Vaccination in Bombay 1902-1912 - 1902-1912
Year: 1902
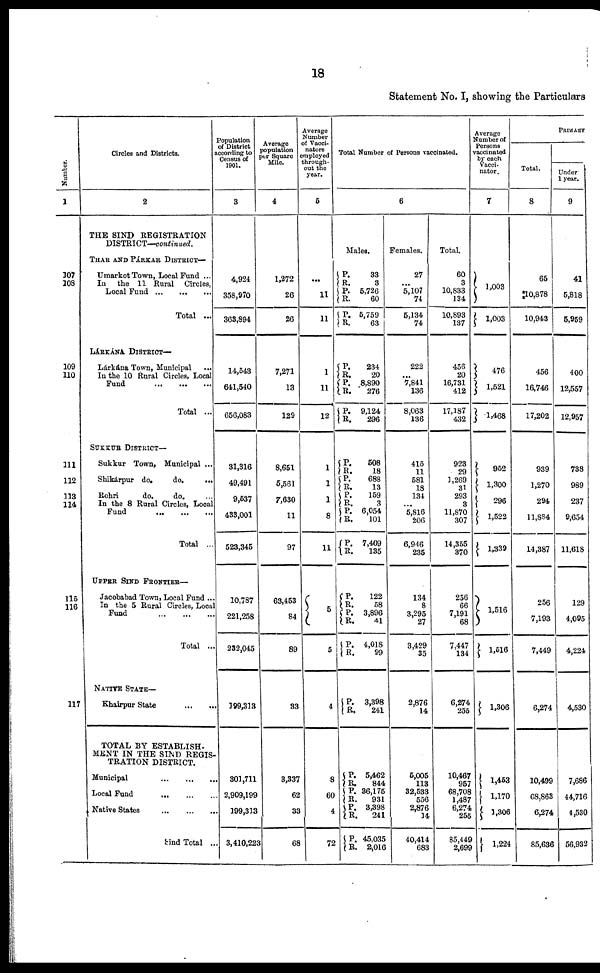
18
Statement No. I, showing the Particulars
Number.
1
107
108
109
110
111
112
113
114
115
116
117
Circles and Districts.
2
THE SIND REGISTRATION
DISTRICT—continued.
THAR AND PÁRKAR DISTRICT—
Umarkot Town, Local Fund ...
In the 11 Rural Circles,
Local Fund ... ... ...
Total ...
LÁRKÁNA DISTRICT—
Lárkána Town, Municipal
...
In the 10 Rural Circles, Local
Fund ... ... ...
Total ...
SUKKUR DISTRICT—
Sukkur Town, Municipal ...
Shikárpur Town, Municipal ...
Rohri
do.
do.
...
In the 8 Rural Circles, Local
Fund ... ... ...
Total ...
UPPER SIND FRONTIER—
Jacobabad Town, Local Fund ...
In the 5 Rural Circles, Local
Fund ... ... ...
Total ...
NATIVE STATE—
Khairpur State
...
...
TOTAL BY ESTABLISH-
MENT IN THE SIND REGIS-
TRATION DISTRICT.
Municipal
...
...
...
Local Fund
...
...
...
Native States
...
...
...
Sind Total ...
Population
of District
according to
Census of
1901.
3
4,924
358,970
363,894
14,543
641,540
656,083
31,316
49,491
9,537
433,001
523,345
10,787
221,258
232,045
199,313
301,711
2,909,199
199,313
3,410,223
Average
population
per Square
Mile.
4
1,272
26
26
7,271
13
129
8,651
5,561
7,630
11
97
63,453
84
89
33
3,337
62
33
68
Average
Number
of Vacci-
nators
employed
through-
out the
year.
5
...
11
11
1
11
12
1
1
1
8
11
5
5
4
8
60
4
72
Total Number of Persons vaccinated.
6
Males.
P.
R.
P.
R.
P.
R.
P.
R.
P.
R.
P.
R.
P.
R.
P.
R.
P.
R.
P.
R.
P.
R.
P.
R.
P.
R.
P.
R.
P.
R.
P.
R.
P.
R.
P.
R.
P.
R.
33
3
5,726
60
5,759
63
234
20
8,890
276
9,124
296
508
18
688
13
159
3
6,054
101
7,409
135
122
58
3,896
41
4,018
99
3,398
241
5,462
844
36,175
931
3,398
241
45,035
2,016
Females.
27
...
5,107
74
5,134
74
222
...
7,841
136
8,063
136
415
11
581
18
134
...
5,816
206
6,946
235
134
8
3,295
27
3,429
35
2,876
14
5,005
113
32,533
556
2,876
14
40,414
683
Total.
60
3
10,833
134
10,893
137
456
20
16,731
412
17,187
432
923
29
1,269
31
293
3
11,870
307
14,355
370
256
66
7,191
68
7,447
134
6,274
255
10,467
957
68,708
1,487
6,274
255
85,449
2,699
Average
Number of
Persons
vaccinated
by each
Vacci-
nator.
7
1,003
1,003
476
1,521
1,468
952
1,300
296
1,522
1,339
1,516
1,516
1,306
1,453
1,170
1,306
1,224
PRIMARY
Total.
8
65
10,878
10,943
456
16,746
17,202
939
1,270
294
11,884
14,387
256
7,193
7,449
6,274
10,499
68,863
6,274
85,636
Under
1 year.
9
41
5,818
5,959
400
12,557
12,957
738
989
237
9,654
11,618
129
4,095
4,224
4,530
7,686
44,716
4,530
56,932